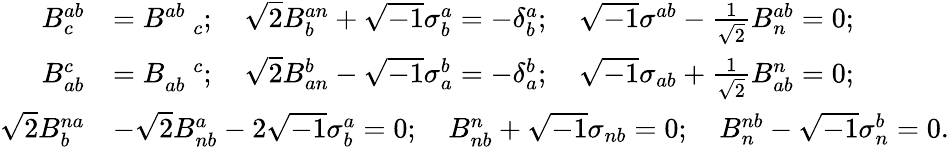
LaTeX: \begin{array}{rl}{B_{c}^{ab}}&{=B_{\quad c}^{ab};\quad\sqrt{2}B_{b}^{an}+\sqrt{-1}\sigma_{b}^{a}=-\delta_{b}^{a};\quad\sqrt{-1}\sigma^{ab}-\frac{1}{\sqrt{2}}B_{n}^{ab}=0;}\\ {B_{ab}^{c}}&{=B_{ab}^{\quad c};\quad\sqrt{2}B_{an}^{b}-\sqrt{-1}\sigma_{a}^{b}=-\delta_{a}^{b};\quad\sqrt{-1}\sigma_{ab}+\frac{1}{\sqrt{2}}B_{ab}^{n}=0;}\\ {\sqrt{2}B_{b}^{na}}&{-\sqrt{2}B_{nb}^{a}-2\sqrt{-1}\sigma_{b}^{a}=0;\quad B_{nb}^{n}+\sqrt{-1}\sigma_{nb}=0;\quad B_{n}^{nb}-\sqrt{-1}\sigma_{n}^{b}=0.}\end{array}